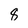
Character: 8